Leaving Certificate Examination (including Day School Certificate (Higher) General paper), 1931
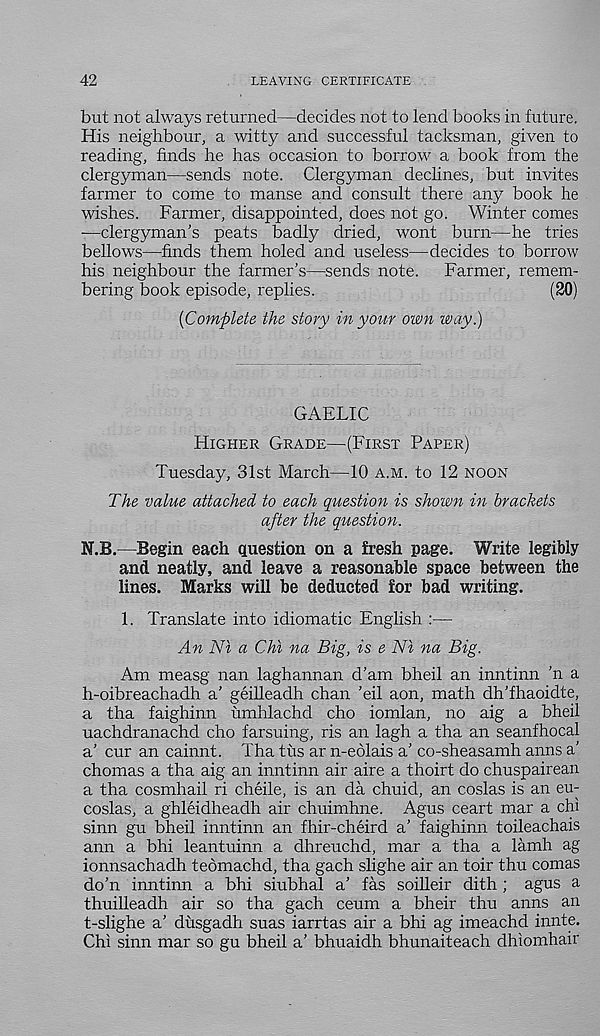
42
LEAVING CERTIFICATE
but not always returned—decides not to lend books in future.
His neighbour, a witty and successful tacksman, given to
reading, finds he has occasion to borrow a book from the
clergyman—sends note. Clergyman dechnes, but invites
farmer to come to manse and consult there any book he
wishes. Farmer, disappointed, does not go. Winter comes
—clergyman's peats badly dried, wont burn—he tries
bellows—finds them holed and useless—decides to borrow
his neighbour the farmer’s—sends note.
Farmer, remem-
bering book episode, replies.
(30)
[Complete the story in your own way.)
GAELIC
Higher Grade—(First Paper)
Tuesday, 31st March—10 a.m. to 12 noon
The value attached to each question is shown in brackets
after the question.
N.B.—Begin each question on a fresh page. Write legibly
and neatly, and leave a reasonable space between the
lines. Marks will be deducted for bad writing.
1. Translate into idiomatic English :—
An Ni a Chi na Big, is e Ni na Big.
Am measg nan laghannan d’am bheil an inntinn 'n a
h-oibreachadh a’ geilleadh chan 'eil aon, math dh’fhaoidte,
a tha faighinn umhlachd cho iomlan, no aig a bheil
uachdranachd cho farsuing, ris an lagh a tha an seanfhocal
a’ cur an cainnt. Tha tus ar n-eolais a’ co-sheasamh aims a’
chomas a tha aig an inntinn air aire a thoirt do chuspairean
a tha cosmhail ri cheile, is an da chuid, an coslas is an eu-
coslas, a ghleidheadh air chuimhne. Agus ceart mar a chi
sinn gu bheil inntinn an fhir-cheird a’ faighinn toileachais
ann a bhi leantuinn a dhreuchd, mar a tha a lamh ag
ionnsachadh teomachd, tha gach slighe air an toir thu comas
do’n inntinn a bhi siubhal a’ fas soilleir dith ; agus a
thuilleadh air so tha gach ceum a bheir thu anns an
t-slighe a’ dusgadh suas iarrtas air a bhi ag imeachd innte.
Chi sinn mar so gu bheil a’ bhuaidh bhunaiteach dhiomhair